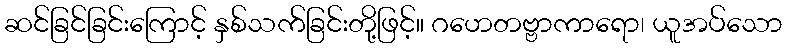
ဆင်ခြင်ခြင်းကြောင့် နှစ်သက်ခြင်းတို့ဖြင့်။ ဂဟေတဗ္ဗာကာရော၊ ယူအပ်သော